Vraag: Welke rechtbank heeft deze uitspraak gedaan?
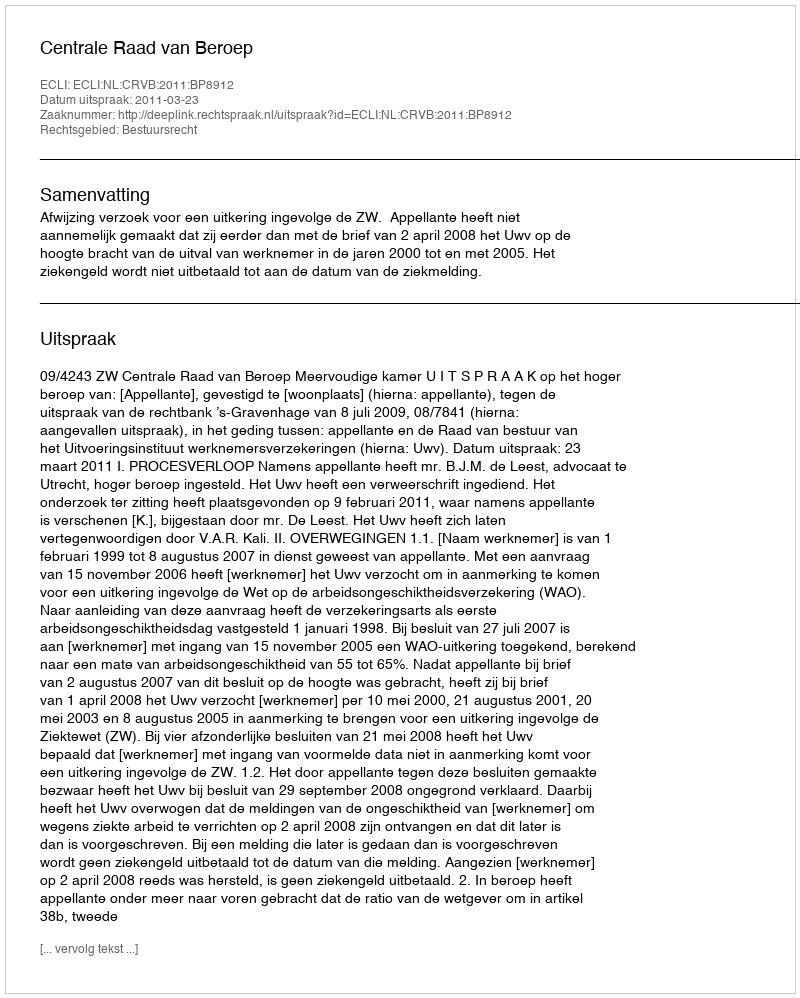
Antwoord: Centrale Raad van Beroep